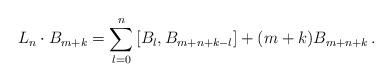
LaTeX: \begin{align*}L_n\cdot B_{m+k} = \sum_{l=0}^{n} \left[B_l,B_{m+n+k-l}\right] + (m+k)B_{m+n+k} \, .\end{align*}